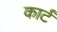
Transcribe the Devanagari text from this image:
कार्टं